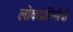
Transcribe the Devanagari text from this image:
लोकप्रतिनीधी